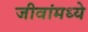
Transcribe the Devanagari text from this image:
जीवांमध्ये